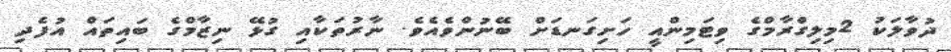
ދުވާލަކު 2މިލިގްރާމްގެ ވިޓަމިންއީ ހަށިގަނޑަށް ބޭނުންވެއެވެ. ނާރުތަކާއި ގުޅޭ ނިޒާމްގެ ބައިތައް އުފެދި